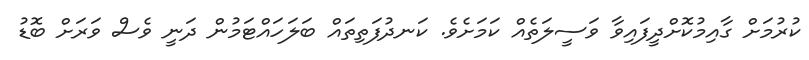
ކުރުމަށް ގާއިމުކޮށްދީފައިވާ ވަސީލަތެއް ކަމަށެވެ. ކަނދުފަތިތައް ބަލަހައްޓަމުން ދަނީ ވެސް ވަރަށް ބޮޑު